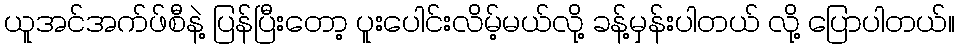
ယူအင်အက်ဖ်စီနဲ့ ပြန်ပြီးတော့ ပူးပေါင်းလိမ့်မယ်လို့ ခန့်မှန်းပါတယ် လို့ ပြောပါတယ်။